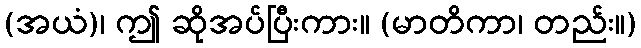
(အယံ)၊ ဤ ဆိုအပ်ပြီးကား။ (မာတိကာ၊ တည်း။)